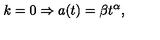
k = 0 \Rightarrow a ( t ) = \beta t ^ { \alpha } ,